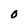
Character: 0